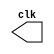
// clock generator with a gived frequency
module clk_gen(clk);
    parameter per = -1;
    output clk;
    reg clk = 1'b0;
    always begin
        #per clk <= ~clk;
    end
endmodule 
//test
module test_clock_gen;    
    reg clk;
    clk_gen #(5) DUT0(clock0);
    clk_gen #(10) DUT1(clock1);
    initial clk=0;
    always #5 clk=~clk;
endmodule